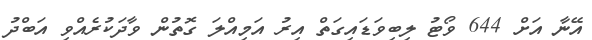
އޭނާ އަށް 644 ވޯޓު ލިބިވަޑައިގަތް އިރު އަމިއްލަ ގޮތުން ވާދަކުރެއްވި އަބްދު